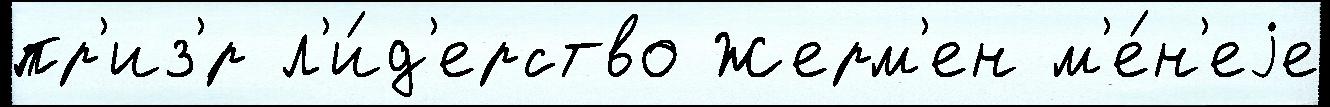
пр'из'́р л'и́д'ерство Жерм'ен м'е́н'еjе